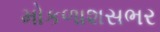
મોકળાશસભર